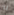
به